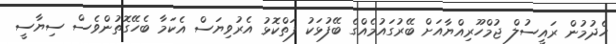
ހެދުމުން ރައީސުލް ޖުމްހޫރިއްޔާއަށް ބޭރުގައުމެއްގެ ބޭފުޅަކު ފަތްކޮޅު އެރުވިޔަސް އެކަމާ ބެހޭގޮތުންވެސް ސިޔާސީ